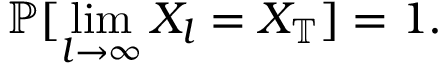
\mathbb { P } [ \operatorname* { l i m } _ { l \to \infty } X _ { l } = X _ { \mathbb { T } } ] = 1 .